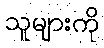
သူများကို